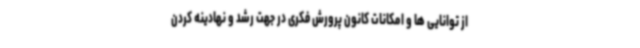
از توانایی ها و امکانات کانون پرورش فکری در جهت رشد و نهادینه کردن